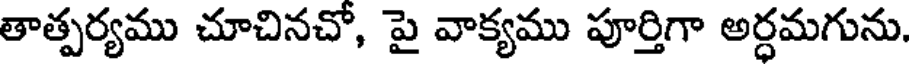
తాత్పర్యము చూచినచో, పై వాక్యము పూర్తిగా అర్ధమగును.